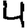
Digit: 4